Civil Veterinary Dept. Assam report 1927-50 - 1927-1950
Year: 1927
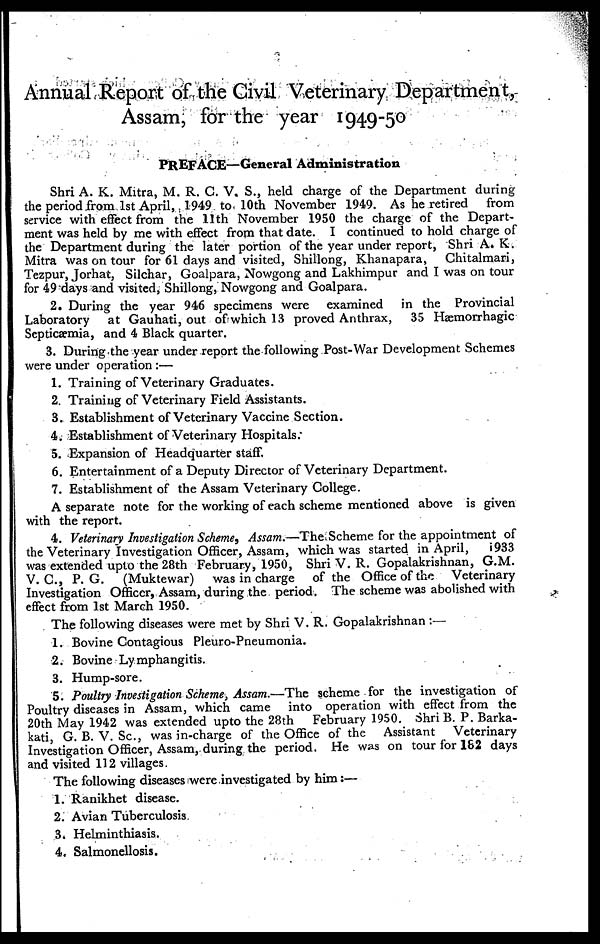
Annual Report of the Civil Veterinary Department,
Assam, for the year 1949-50
PREFACE—General Administration
Shri A. K. Mitra, M. R. C. V. S., held charge of the Department during
the period from 1st April, 1949 to 10th November 1949. As he retired
from
service with effect from the 11th November 1950 the charge of the Depart-
ment was held by me with effect from that date. I continued to hold charge of
the Department during the later portion of the year under report, Shri A. K.
Mitra was on tour for 61 days and visited, Shillong, Khanapara,
Chitalmari,
Tezpur, Jorhat, Silchar, Goalpara, Nowgong and Lakhimpur and I was on tour
for 49 days and visited, Shillong, Nowgong and Goalpara.
2. During the year 946 specimens were examined
in the Provincial
Laboratory
at Gauhati, out of which 13 proved Anthrax,
35 Hæmorrhagic
Septicæmia, and 4 Black quarter.
3. During the year under report the following Post-War Development Schemes
were under operation :—
1. Training of Veterinary Graduates.
2. Training of Veterinary Field Assistants.
3. Establishment of Veterinary Vaccine Section.
4. Establishment of Veterinary Hospitals.
5. Expansion of Headquarter staff.
6. Entertainment of a Deputy Director of Veterinary Department.
7. Establishment of the Assam Veterinary College.
A separate note for the working of each scheme mentioned above is given
with the report.
4. Veterinary Investigation Scheme, Assam.—The Scheme for the appointment of
the Veterinary Investigation Officer, Assam, which was started in April, 1933
was extended upto the 28th February, 1950, Shri V. R. Gopalakrishnan, G.M.
V. C., P. G.
(Muktewar)
was in charge of the Office of the Veterinary
Investigation Officer, Assam, during the period. The scheme was abolished with
effect from 1st March 1950.
The following diseases were met by Shri V. R. Gopalakrishnan :—
1. Bovine Contagious Pleuro-Pneumonia.
2. Bovine Lymphangitis.
3. Hump-sore.
5. Poultry Investigation Scheme, Assam.—The scheme for the investigation of
Poultry diseases in Assam, which came into operation with effect from the
20th May 1942 was extended upto the 28th
February 1950. Shri B. P. Barka-
kati, G. B. V. Sc., was in-charge of the Office of the Assistant
Veterinary
Investigation Officer, Assam, during the period. He was on tour for 182 days
and visited 112 villages.
The following diseases were investigated by him:—
1. Ranikhet disease.
2. Avian Tuberculosis
3. Helminthiasis.
4. Salmonellosis.